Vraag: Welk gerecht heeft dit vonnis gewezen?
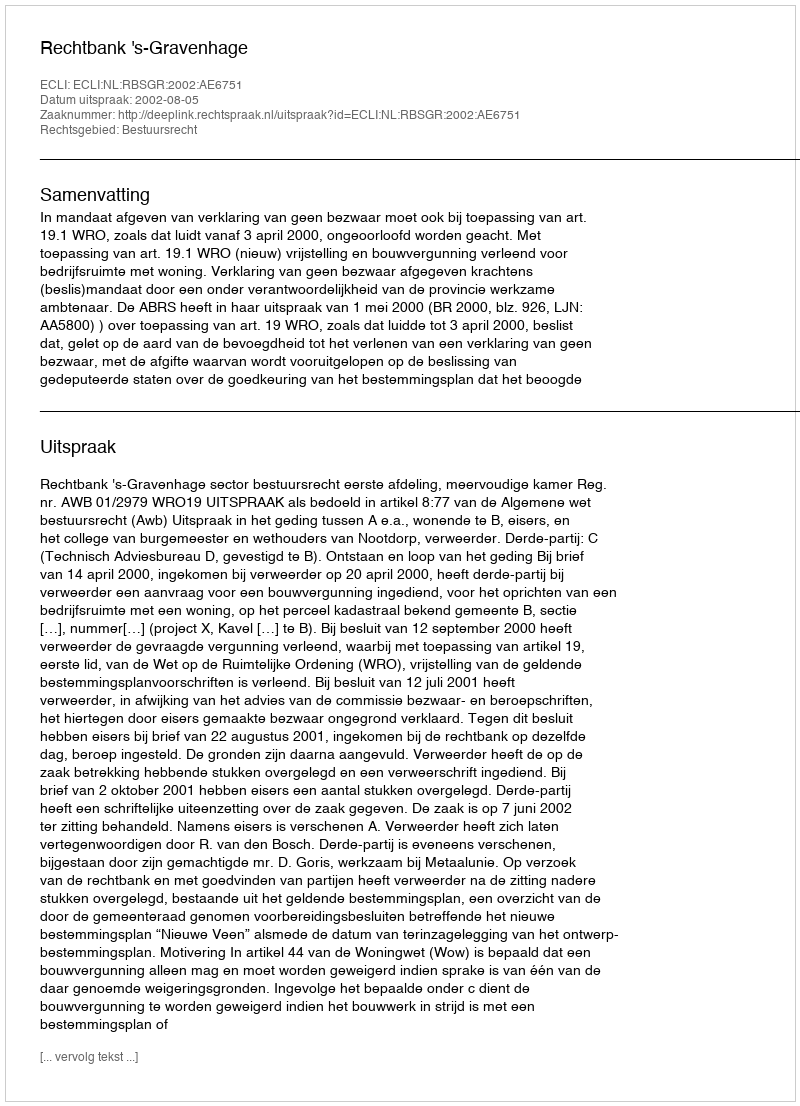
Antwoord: Rechtbank 's-Gravenhage